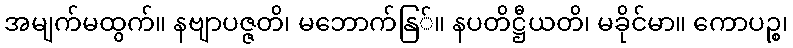
အမျက်မထွက်။ နဗျာပဇ္ဇတိ၊ မဘောက်နြ်။ နပတိဋ္ဌီယတိ၊ မခိုင်မာ။ ကောပဉ္စ၊